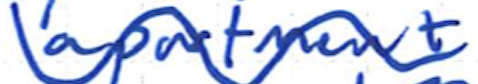
Text: apartment
Cross-out: wave
Writing tool: ballpoint